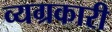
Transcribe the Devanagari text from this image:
व्यग्रकारी